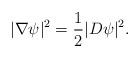
LaTeX: \begin{align*}|\nabla\psi|^2=\frac{1}{2}|D\psi|^2.\end{align*}